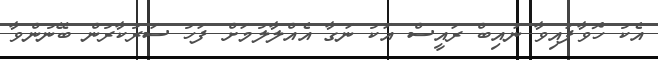
އެކު ހޮވާފައިވާ ނައިބް ރައީސް އަކު ނަގާ އެއްލާލުމަށް ފަހު ސަރުކާރުން ބޭނުންވާ